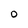
Character: O